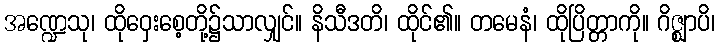
အဏ္ဍေသု၊ ထိုဝှေးစေ့တို့၌သာလျှင်။ နိသီဒတိ၊ ထိုင်၏။ တမေနံ၊ ထိုပြိတ္တာကို။ ဂိဇ္ဈာပိ၊